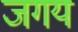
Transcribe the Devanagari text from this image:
जगय